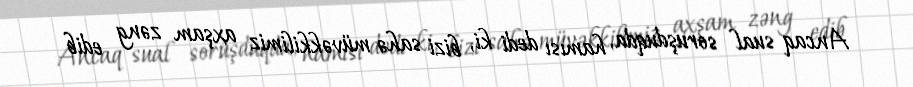
Ancaq sual soruşduqda, hamısı dedi ki, bizi sahə müvəkkilimiz axşam zəng edib